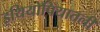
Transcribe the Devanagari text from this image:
इथियोपियातली